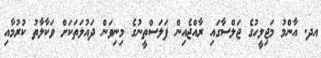
އދ. އާންމު މަޖިލީހުގެ ޖަލްސާގައި ރާއްޖެއިން ފަލަސްތީނުގެ މިނިވަން ދައުލަތަކަށް ވަކާލާތު ކުރުމާއި